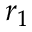
r _ { 1 }